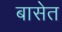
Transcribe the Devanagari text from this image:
बासेत